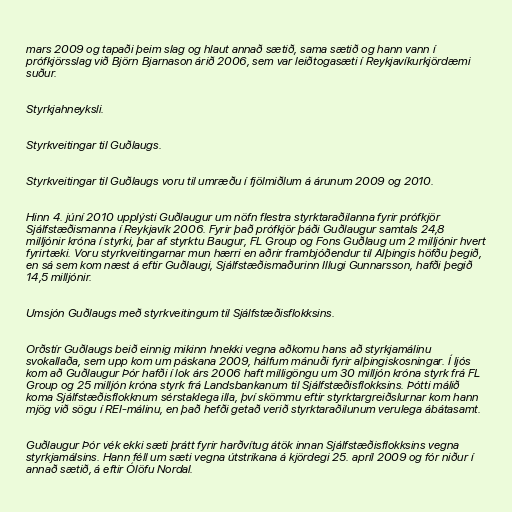
mars 2009 og tapaði þeim slag og hlaut annað sætið, sama sætið og hann vann í
prófkjörsslag við Björn Bjarnason árið 2006, sem var leiðtogasæti í Reykjavíkurkjördæmi
suður.

Styrkjahneyksli.

Styrkveitingar til Guðlaugs.

Styrkveitingar til Guðlaugs voru til umræðu í fjölmiðlum á árunum 2009 og 2010.

Hinn 4. júní 2010 upplýsti Guðlaugur um nöfn flestra styrktaraðilanna fyrir prófkjör
Sjálfstæðismanna í Reykjavík 2006. Fyrir það prófkjör þáði Guðlaugur samtals 24,8
milljónir króna í styrki, þar af styrktu Baugur, FL Group og Fons Guðlaug um 2 milljónir hvert
fyrirtæki. Voru styrkveitingarnar mun hærri en aðrir frambjóðendur til Alþingis höfðu þegið,
en sá sem kom næst á eftir Guðlaugi, Sjálfstæðismaðurinn Illugi Gunnarsson, hafði þegið
14,5 milljónir.

Umsjón Guðlaugs með styrkveitingum til Sjálfstæðisflokksins.

Orðstír Guðlaugs beið einnig mikinn hnekki vegna aðkomu hans að styrkjamálinu
svokallaða, sem upp kom um páskana 2009, hálfum mánuði fyrir alþingiskosningar. Í ljós
kom að Guðlaugur Þór hafði í lok árs 2006 haft milligöngu um 30 milljón króna styrk frá FL
Group og 25 milljón króna styrk frá Landsbankanum til Sjálfstæðisflokksins. Þótti málið
koma Sjálfstæðisflokknum sérstaklega illa, því skömmu eftir styrktargreiðslurnar kom hann
mjög við sögu í REI-málinu, en það hefði getað verið styrktaraðilunum verulega ábátasamt.

Guðlaugur Þór vék ekki sæti þrátt fyrir harðvítug átök innan Sjálfstæðisflokksins vegna
styrkjamálsins. Hann féll um sæti vegna útstrikana á kjördegi 25. apríl 2009 og fór niður í
annað sætið, á eftir Ólöfu Nordal.